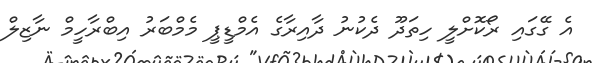
އެ ގޭގައި ރޯކޮށްލީ ހިތަދޫ ދެކުުނު ދާއިރާގެ އެމްޑީޕީ މެމްބަރު އިބްރާހީމް ނާޒިލް